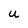
Character: U